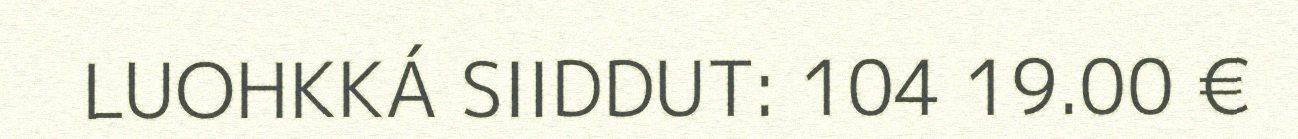
LUOHKKÁ SIIDDUT: 104 19.00 €